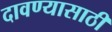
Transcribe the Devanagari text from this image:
दावण्यासाठी